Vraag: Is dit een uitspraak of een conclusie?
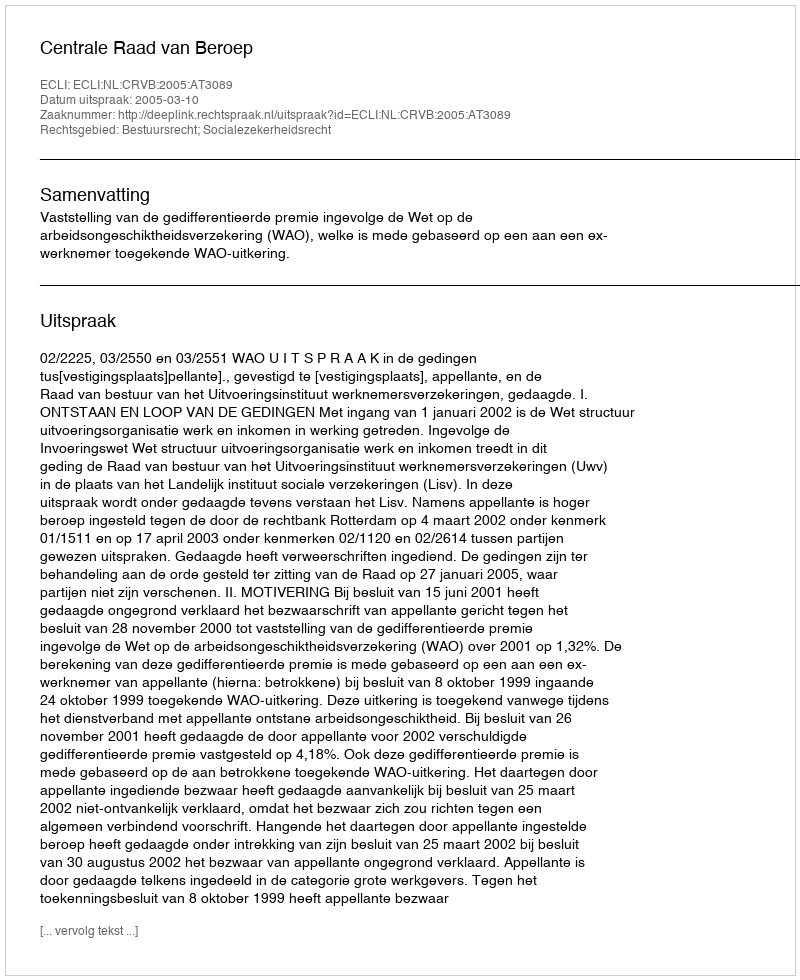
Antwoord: Uitspraak